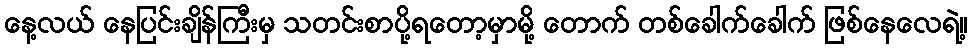
နေ့လယ် နေပြင်းချိန်ကြီးမှ သတင်းစာပို့ရတော့မှာမို့ တောက် တစ်ခေါက်ခေါက် ဖြစ်နေလေရဲ့။